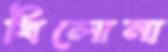
খিলোনা